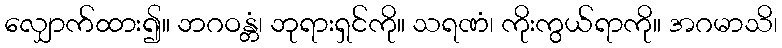
လျှောက်ထား၍။ ဘဂဝန္တံ၊ ဘုရားရှင်ကို။ သရဏံ၊ ကိုးကွယ်ရာကို။ အဂမာသိ၊